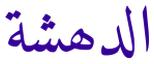
الدھشة